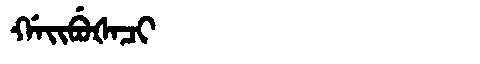
Manchu: ᡤᠠᡳᠪᡠᡧᠠᠴᡳ
Romanization: GAIBUŠACI